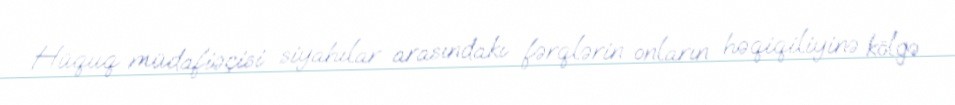
Hüquq müdafiəçisi siyahılar arasındakı fərqlərin onların həqiqiliyinə kölgə